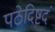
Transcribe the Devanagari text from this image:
पठेदिष्टदं